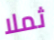
ثملا